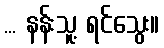
... နန်းသူ့ ရင်သွေး။